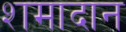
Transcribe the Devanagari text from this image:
शमादान